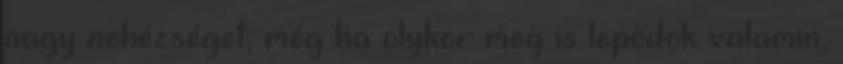
nagy nehézséget, még ha olykor meg is lepődök valamin,